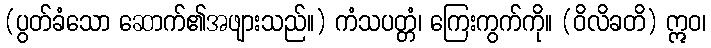
(ပွတ်ခံသော ဆောက်၏အဖျားသည်။) ကံသပတ္တံ၊ ကြေးကွက်ကို။ (ဝိလိခတိ) ဣဝ၊